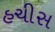
હચીસ